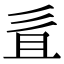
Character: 𢒉